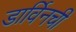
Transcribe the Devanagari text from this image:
डार्विनची